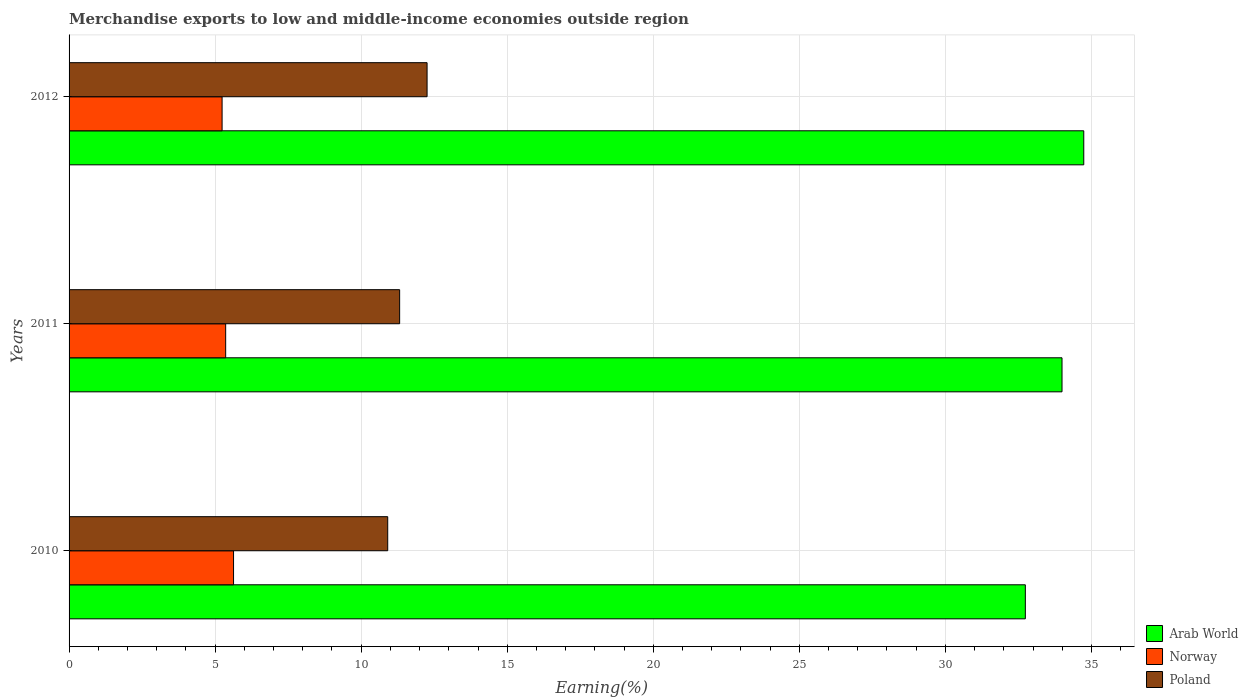
| Years | Arab World | Norway | Poland |
 | --- | --- | --- | --- |
 | 2010 | 32.7 | 5.63 | 10.9 |
 | 2011 | 34 | 5.36 | 11.3 |
 | 2012 | 34.7 | 5.24 | 12.3 |